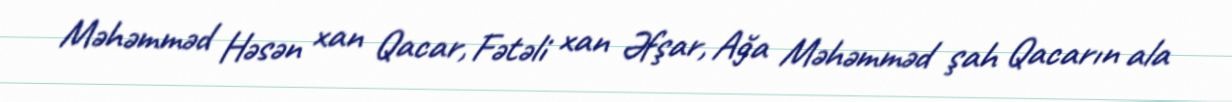
Məhəmməd Həsən xan Qacar, Fətəli xan Əfşar, Ağa Məhəmməd şah Qacarın ala